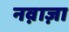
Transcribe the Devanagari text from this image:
नव़ाज़ा